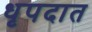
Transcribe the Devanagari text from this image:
धृपदात